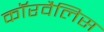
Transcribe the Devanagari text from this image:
कॉरवैलिस